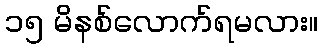
၁၅ မိနစ်လောက်ရမလား။